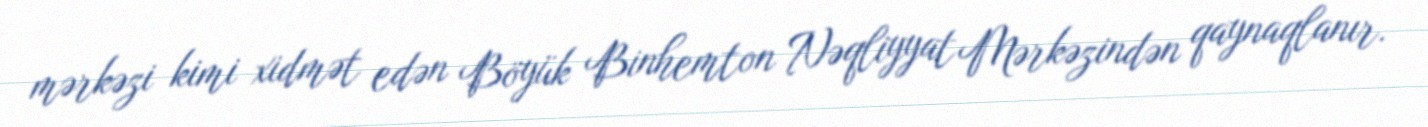
mərkəzi kimi xidmət edən Böyük Binhemton Nəqliyyat Mərkəzindən qaynaqlanır.